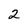
Character: 2